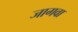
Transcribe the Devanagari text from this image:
जागवा